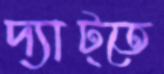
দ্যাট্তে